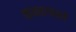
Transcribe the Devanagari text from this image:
बाभळगावचे